State Department UAP Cable 4, Ashgabat, Turkmenistan, November 5, 2004
Agency: Department of State
Incident date: 11/5/04
Incident location: Turkmenistan
Page 3
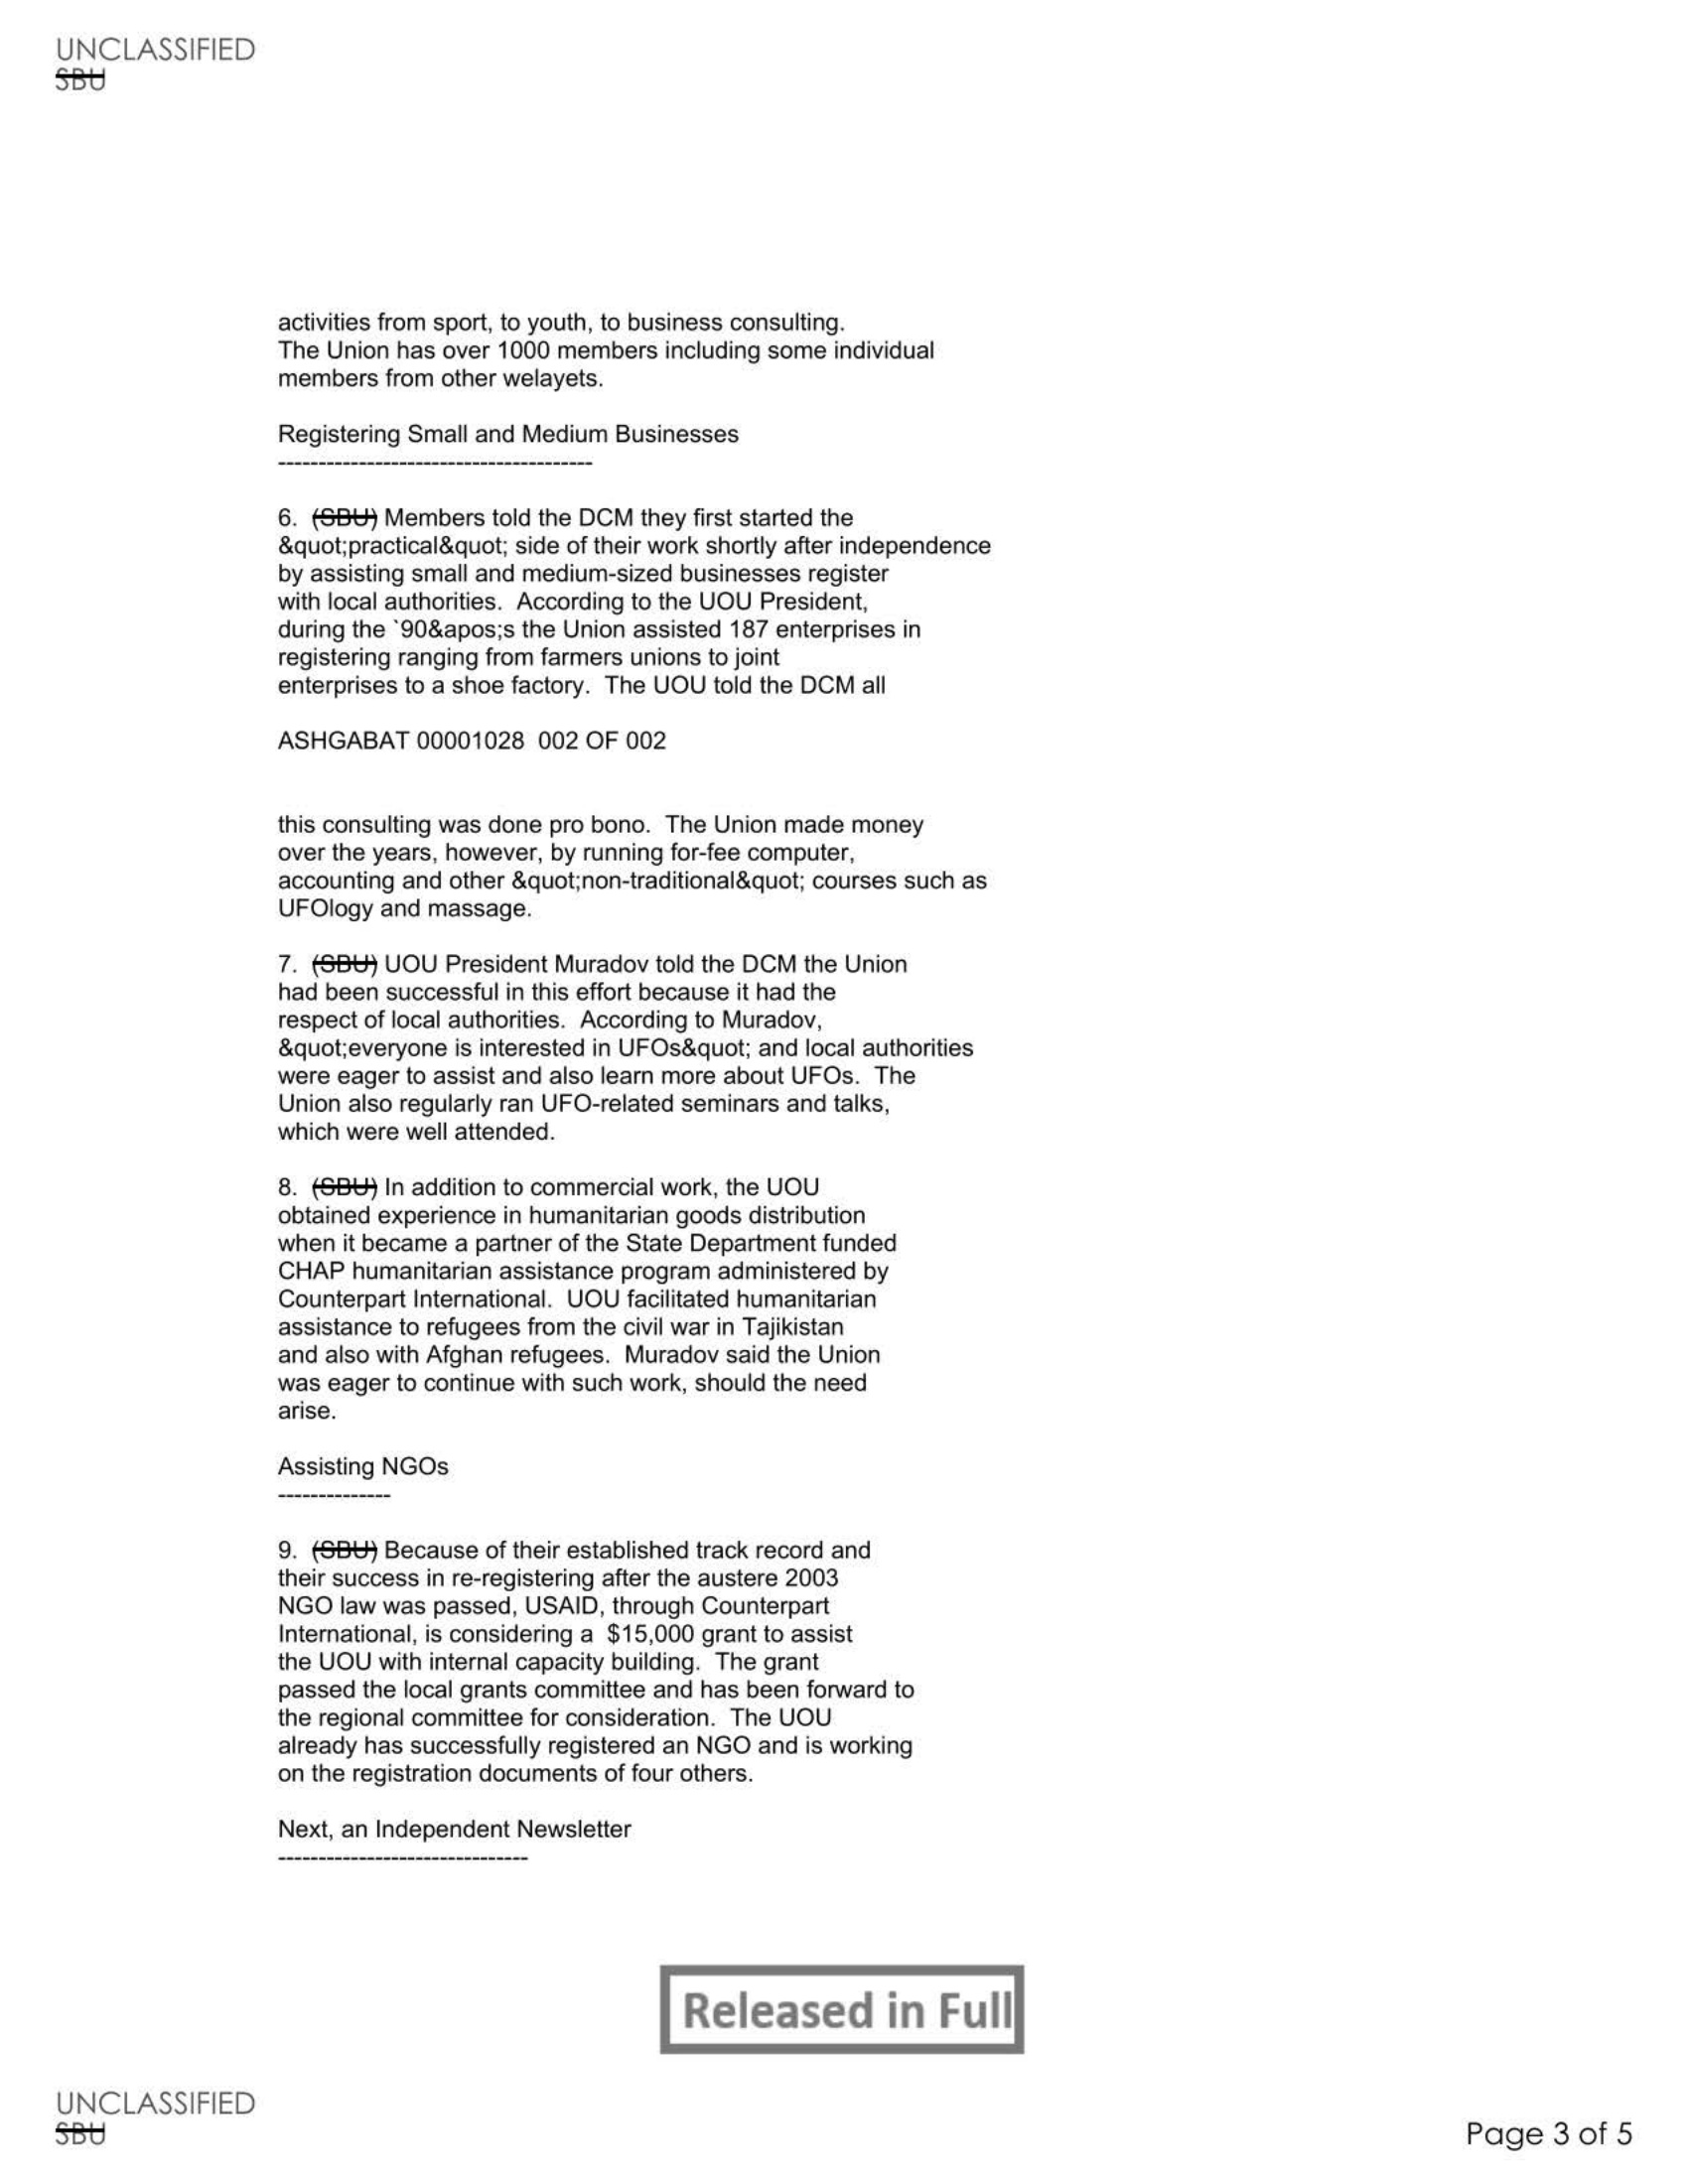